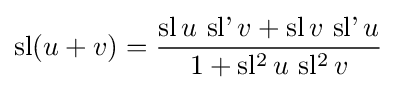
\operatorname {sl} (u+v)={\frac {\operatorname {sl} u\,\operatorname {sl'} v+\operatorname {sl} v\,\operatorname {sl'} u}{1+\operatorname {sl^{2}} u\,\operatorname {sl^{2}} v}}